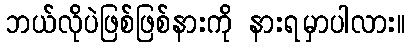
ဘယ်လိုပဲဖြစ်ဖြစ်နားကို နားရမှာပါလား။